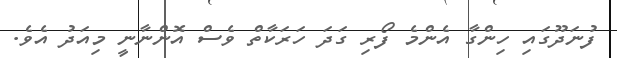
ފުނަދޫގައި ހިންގާ އެންމެ ފޯރި ގަދަ ހަރަކާތް ވެސް އޮންނާނީ މިއަދު އެވެ.